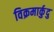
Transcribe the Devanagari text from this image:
विक्रमार्कुदु